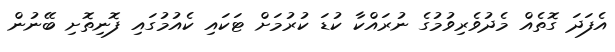
އެފަދަ ގޮތެއް މެދުވެރިވުމުގެ ނުރައްކާ ކުޑަ ކުރުމަށް ޓަކައި ކެއުމުގައި ފޮނިތޮށި ބޭނުން